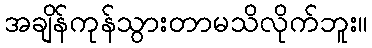
အချိန်ကုန်သွားတာမသိလိုက်ဘူး။